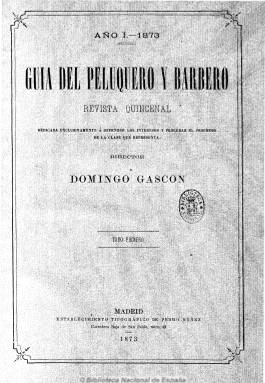
Título: Guía del peluquero y barbero
Colección: Oficios varios
Ámbito geográfico: Madrid
Lugar de publicación: Madrid
Fechas: 01/01/1873-01/09/1880

Revista de carácter profesional “dedicada exclusivamente a defender los intereses y procurar el progreso de la clase que representa” –según se indica bajo su título-, que comienza a publicarse en enero de 1873, en pleno Sexenio Democrático, siendo su director el republicano y después liberal turolense Domingo Gascón Guimbao (1845-1908), que más tarde, además de ejercer su profesión de abogado, será escritor, historiador, publicista y académico de la Lengua (1905), llegando a ser apodado como el “tercer amante de Teruel” y nombrado cronista de esta provincia. Dirige esta publicación cuando era presidente de la Sociedad de Socorros Mutuos de Peluqueros y Barberos de Madrid, autodefiniéndose como “artista en cabellos”, después de haber sido premiado “en cuantas exposiciones había presentado sus trabajos”, además de tener un establecimiento como almacenista de cabellos de todas clases, en donde se realizaban, además, mausoleos, escudos o dibujos sobre cristal, nácar o marfil.

La revista comenzó siendo quincenal, para pasar a mensual al año siguiente, en entregas entre ocho y catorce páginas, compuestas a dos columnas, en las que inserta unas bellas láminas litografiadas de figurines iluminados (coloreados) con peinados de mujer, y sus correspondientes textos explicativos. Su objetivo fue ofrecer información de utilidad al gremio de peluqueros y barberos, al mismo tiempo que ser lazo de unión entre sus profesionales de Madrid, provincias o de ultramar, indicado que era la “única publicación de su índole” que se publicaba en España, además de tener como referente a las que se editaban en París.

Publica información sobre cuotas de contribución industrial, relaciones de trabajo entre maestros y oficiales del ramo o sobre sus salarios y huelgas, y de las actividades y asuntos internos de la sociedad de socorros de la que Gascón era presidente; artículos de historia o de carácter técnico (anatomía y fisiología del cabello) e instructivo sobre su arte (de higiene, conservación, coloración o calvicie), y sobre sus adelantos modernos (en peinados, postizos, peluquería de teatros, etc.). Tiene secciones, como la Recreativa (con poesías, epigramas, fábulas, acertijos o charadas), una Guía del peluquero (nombre de establecimientos), una lista de suscriptores y otra de Correspondencia particular. Publica noticias varias, e inserta anuncios publicitarios de artículos de peluquería, perfumes, tinturas, postizos o de cordonería y algodones, así como de bibliografía.

La revista publica su entrega 108 y última en septiembre de 1880, y su colección forma cada año un tomo, con paginación continuada anual. Al final de cada uno incluye un índice con los sumarios de sus números. Entre los títulos de sus artículos aparecen Varias clases de cabello en las diferentes razas que pueblan el mundo o Datos para la historia de la peluquería en España. Entre las firmas de sus textos se encuentran las de maestros de Madrid y provincias, como Manuel Santiago, Vicente Rull,  Ventura Riera, Eugenio Carvajal, José Millanes, Domingo Guillén Villacampa, Juan Sancho y Gómez, Moisés Limorti y Gómez, Victorio Clemeda o la del peluquero-barbero parisino Pablo Blanzí. Alumnas del Instituto de Enseñanza Secundaria Segundo de Chomón, de Teruel, han realizado un taller de investigación tomando como base documental esta revista y las láminas que publicó.